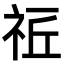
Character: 𥙠